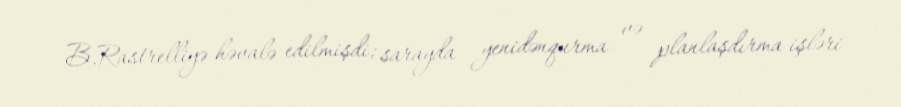
B.Rastrelliyə həvalə edilmişdi; sarayda yenidənqurma və planlaşdırma işləri